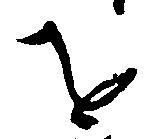
を